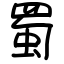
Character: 蜀